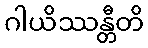
ဂါယိဿန္တီတိ